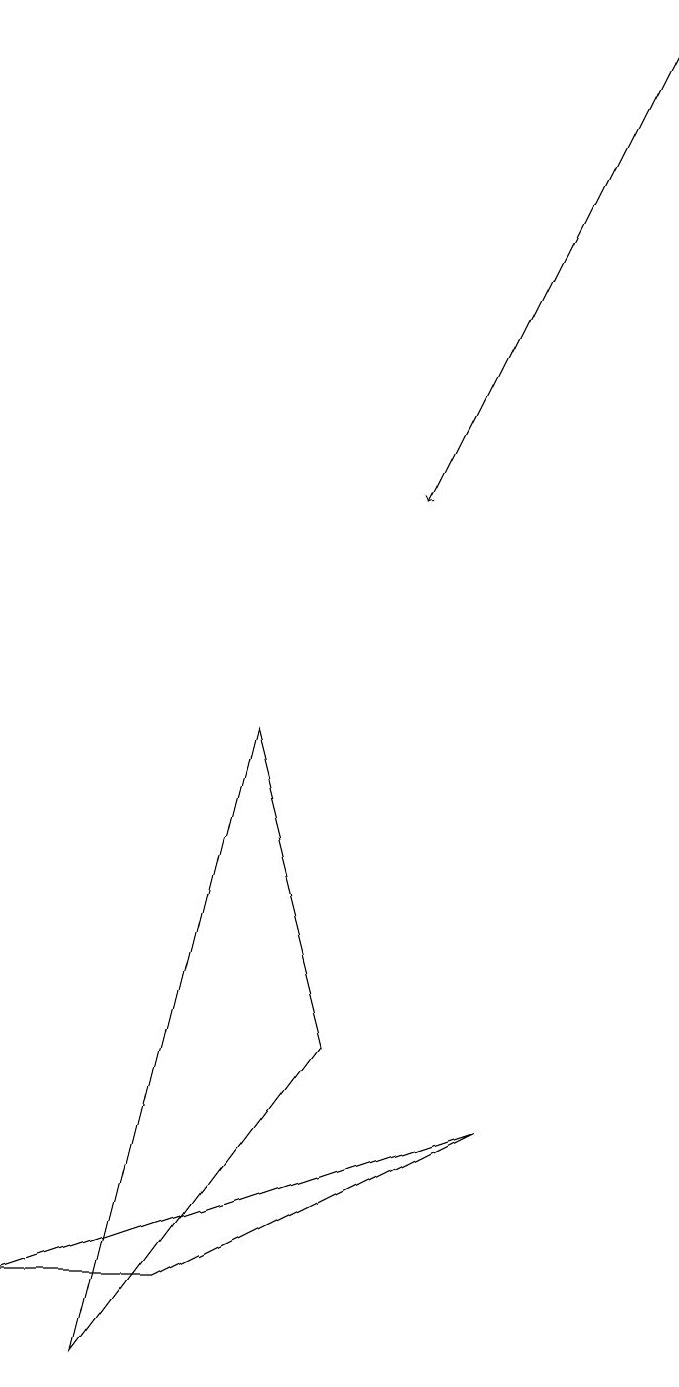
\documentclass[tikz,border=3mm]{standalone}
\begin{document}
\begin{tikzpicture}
\draw (2,1) -- (0,1) -- (6,3) -- cycle;
\draw[->] (8,17) -- (5,11);
\draw (4,4) -- (3,8) -- (1,0) -- cycle;
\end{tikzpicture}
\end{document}